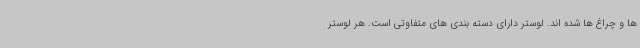
ها و چراغ ها شده اند. لوستر دارای دسته بندی های متفاوتی است. هر لوستر